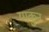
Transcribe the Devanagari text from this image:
याकुन